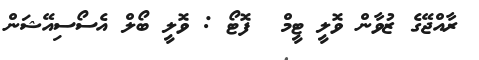
ރާއްޖޭގެ ޒުވާން ވޮލީ ޓީމް  ފޮޓޯ : ވޮލީ ބޯލް އެސޯސިއޭޝަން